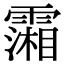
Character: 𩅪